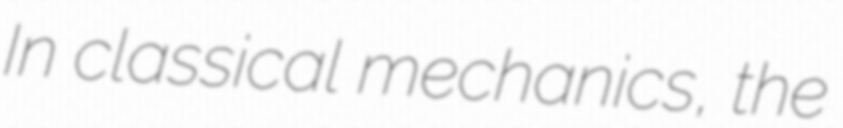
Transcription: In classical mechanics, the